DOW-UAP-D16, Mission Report, Syria, July 2022
Agency: Department of War
Incident date: 7/31/22
Incident location: Syria
Page 6
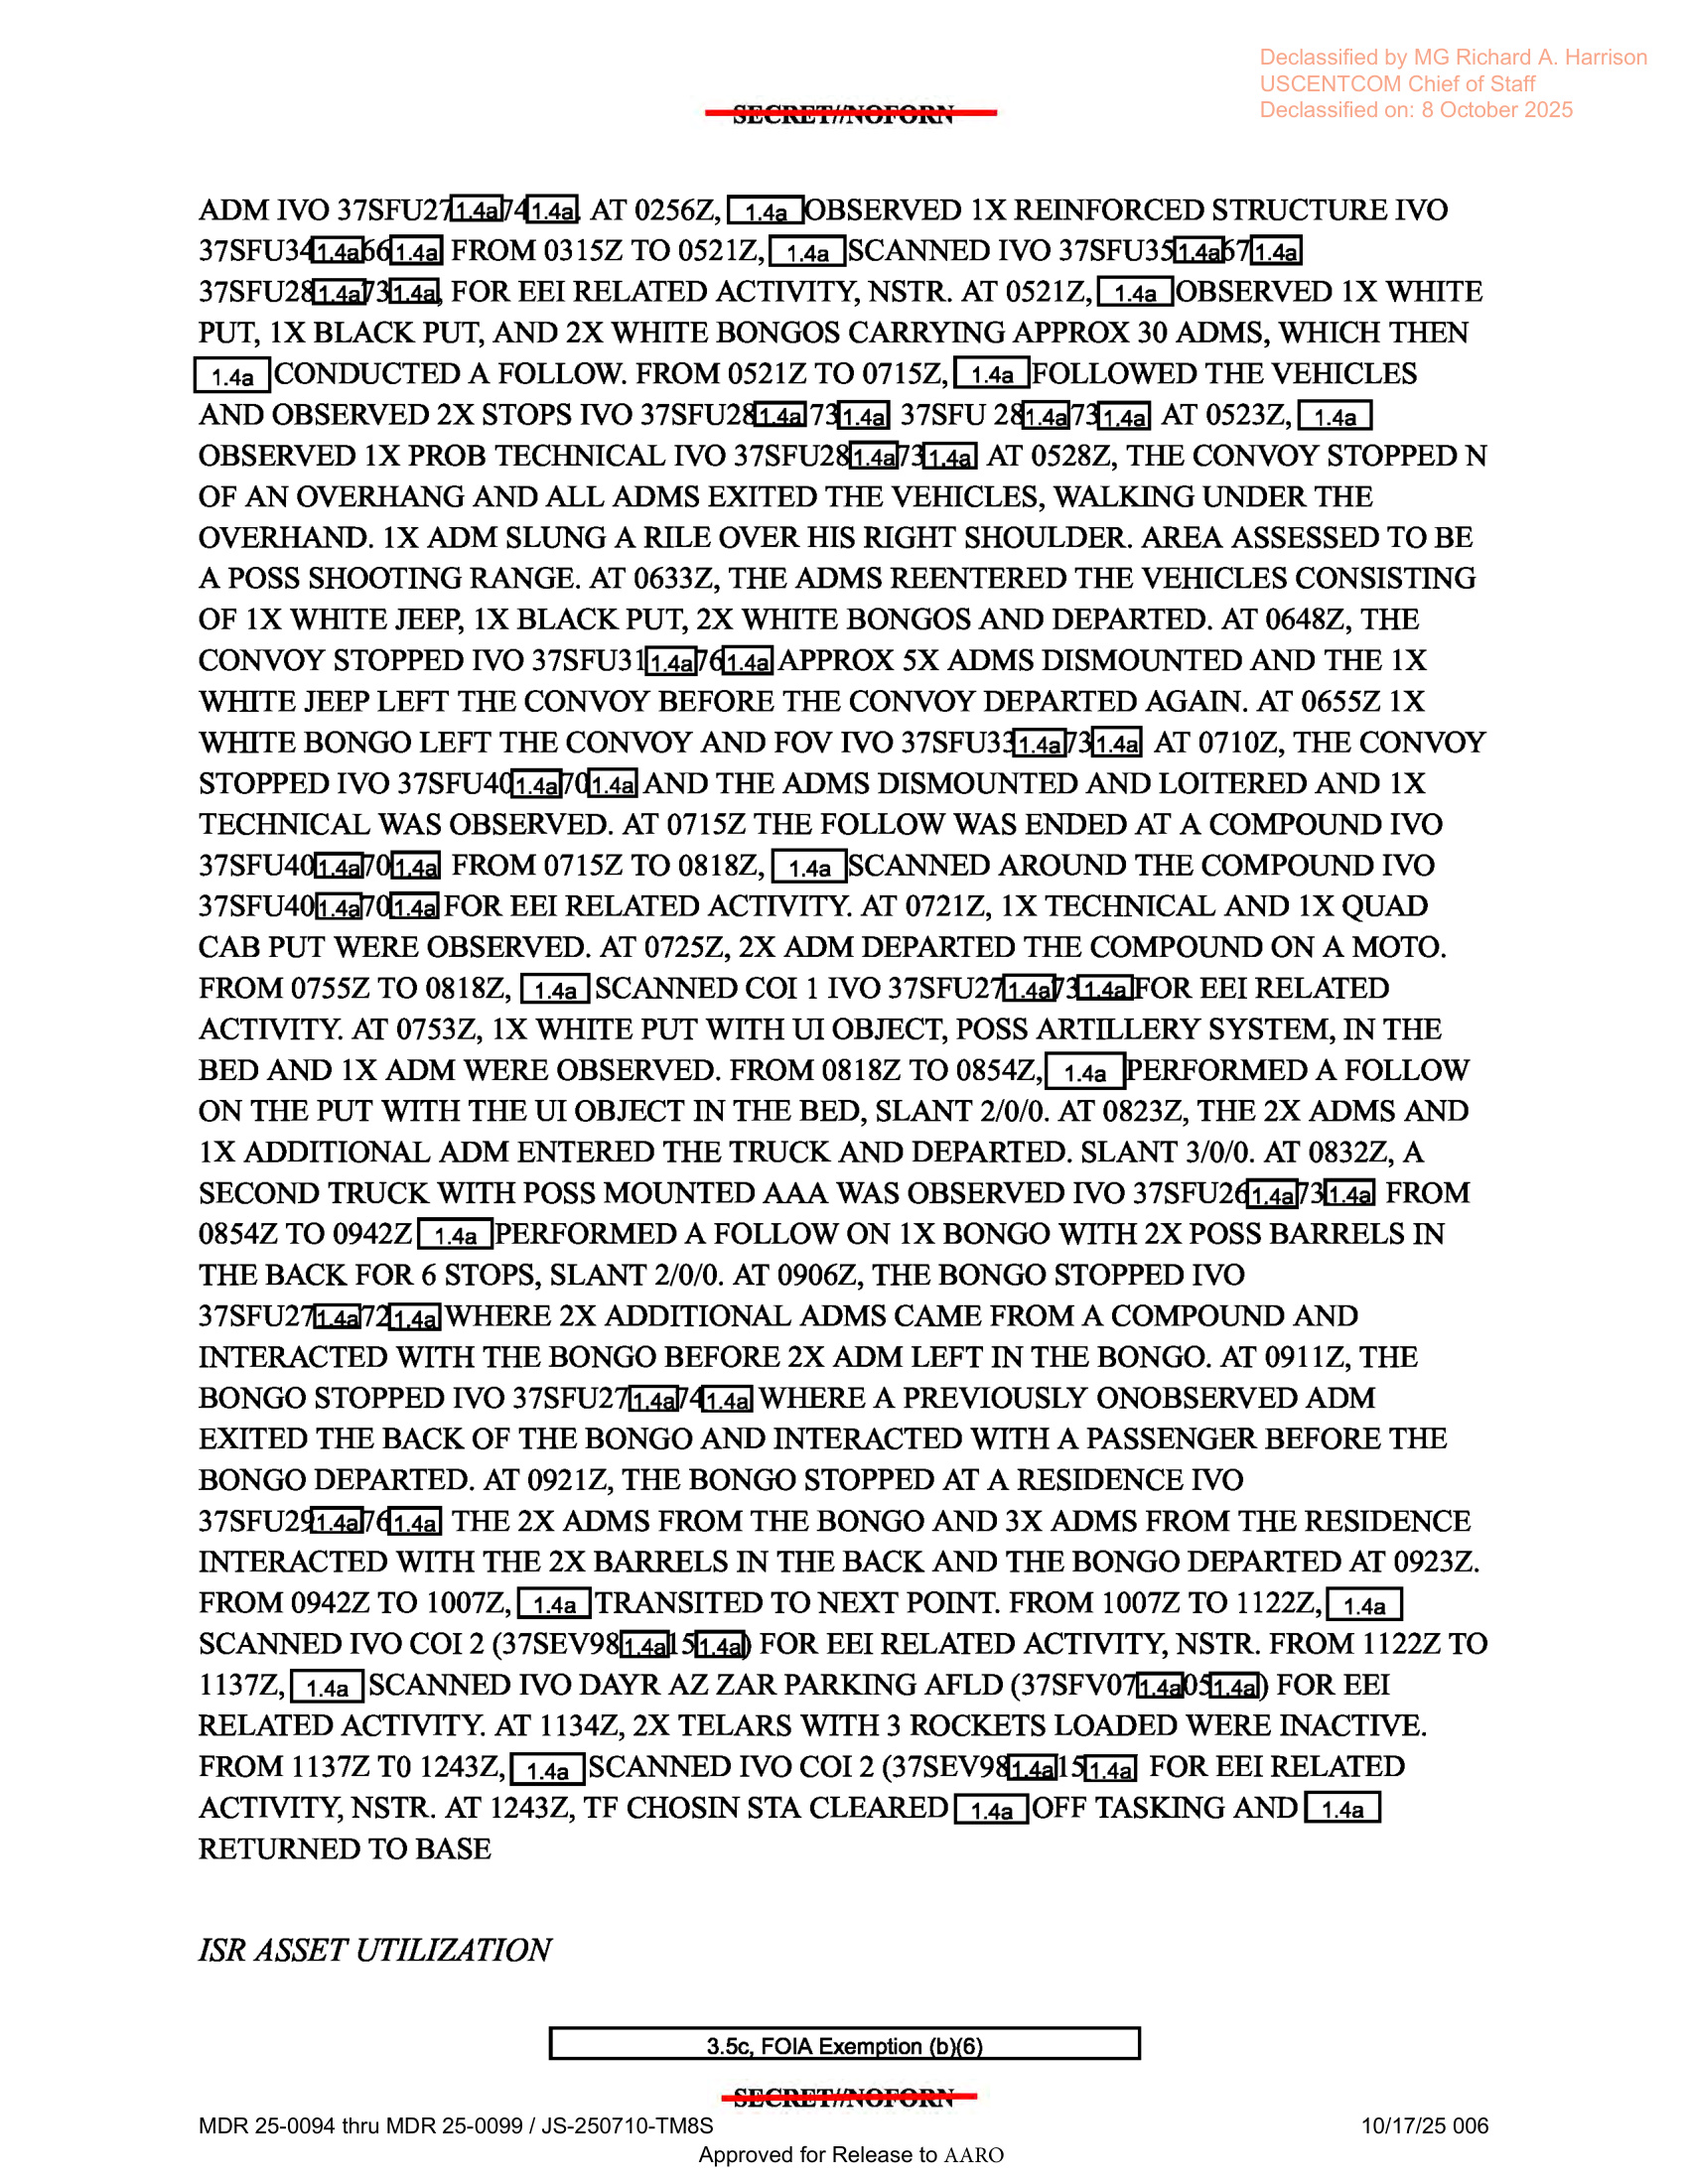